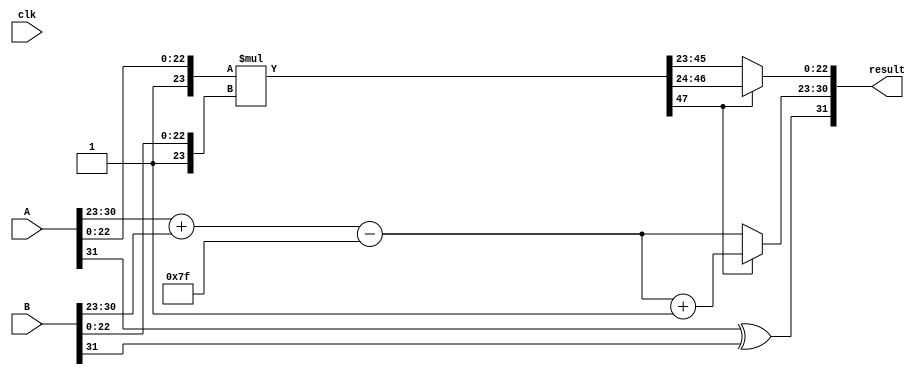
// `timescale 1ns / 1ps
module fp_mul (input [31:0]A,
                                 input [31:0]B,
                                 input clk,
                                //  output overflow,
                                //  output underflow,
                                //  output exception,
                                 output reg  [31:0] result);

reg [23:0] A_Mantissa,B_Mantissa;
reg [22:0] Mantissa;
reg [47:0] Temp_Mantissa;
reg [7:0] A_Exponent,B_Exponent,Temp_Exponent,diff_Exponent,Exponent;
reg A_sign,B_sign,Sign;
reg [32:0] Temp;
reg [6:0] exp_adjust;
always@(*)
begin
A_Mantissa = {1'b1,A[22:0]};
A_Exponent = A[30:23];
A_sign = A[31];
  
B_Mantissa = {1'b1,B[22:0]};
B_Exponent = B[30:23];
B_sign = B[31];

Temp_Exponent = A_Exponent+B_Exponent-127;
Temp_Mantissa = A_Mantissa*B_Mantissa;
Mantissa = Temp_Mantissa[47] ? Temp_Mantissa[46:24] : Temp_Mantissa[45:23];
Exponent = Temp_Mantissa[47] ? Temp_Exponent+1'b1 : Temp_Exponent;
Sign = A_sign^B_sign;
result = {Sign,Exponent,Mantissa};
end
endmodule